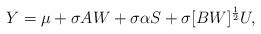
LaTeX: \begin{align*}Y = \mu + \sigma A W + \sigma \alpha S + \sigma [B W ]^{\frac{1}{2}} U,\end{align*}